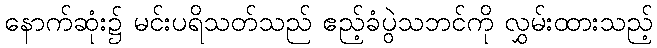
နောက်ဆုံး၌ မင်းပရိသတ်သည် ဧည့်ခံပွဲသဘင်ကို လွှမ်းထားသည့်